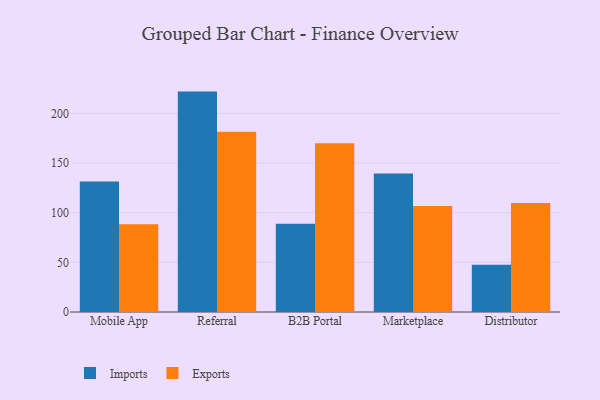
{"axis": {"x": "Channel", "y": "Production Output"}, "legend": ["Exports", "Imports"], "data": [{"x": "Mobile App", "y": 131.4, "type": "Imports"}, {"x": "Mobile App", "y": 88.5, "type": "Exports"}, {"x": "Referral", "y": 222.0, "type": "Imports"}, {"x": "Referral", "y": 181.6, "type": "Exports"}, {"x": "B2B Portal", "y": 88.9, "type": "Imports"}, {"x": "B2B Portal", "y": 169.9, "type": "Exports"}, {"x": "Marketplace", "y": 139.5, "type": "Imports"}, {"x": "Marketplace", "y": 106.7, "type": "Exports"}, {"x": "Distributor", "y": 47.7, "type": "Imports"}, {"x": "Distributor", "y": 109.7, "type": "Exports"}]}